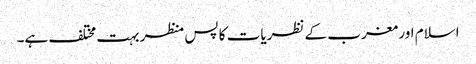
اسلام اور مغرب کے نظریات کا پس منظر بہت مختلف ہے۔